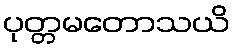
ပုတ္တမတောသယိ